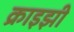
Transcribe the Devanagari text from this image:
क्राइझी